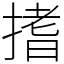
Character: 搘